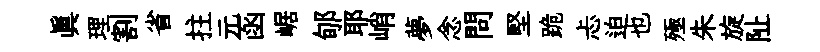
眞理割省拄元函崌郇耶峭夢念問堅跪忐迫也殛朱旋阯